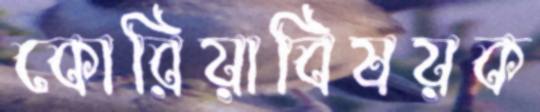
কোরিয়াবিষয়ক